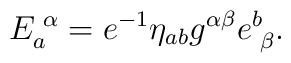
E_{a}^{\,\,\alpha} = e^{-1} \eta_{ab}g^{\alpha\beta}e^{b}_{\,\,\beta}.